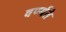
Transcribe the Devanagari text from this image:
वर्ण्यते